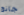
جانج